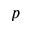
p